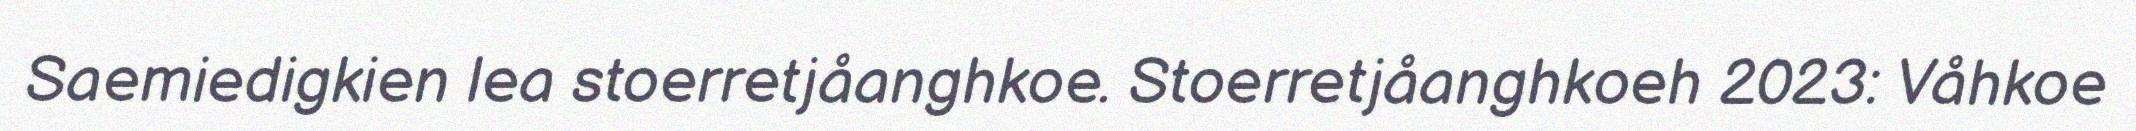
Saemiedigkien lea stoerretjåanghkoe. Stoerretjåanghkoeh 2023: Våhkoe